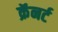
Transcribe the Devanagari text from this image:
क्रॅनर्ट